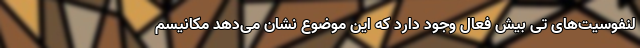
لنفوسیت‌های تی بیش فعال وجود دارد که این موضوع نشان می‌دهد مکانیسم